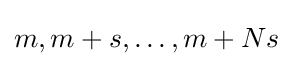
{\textstyle m,m+s,\dots ,m+Ns}